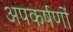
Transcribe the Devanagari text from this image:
अपकर्षणों